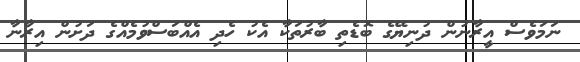
ނަމަވެސް އީރާނުން ދުނިޔޭގެ ބޮޑެތި ބާރުތަކާ އެކު ހެދި އެއްބަސްވުމެއްގެ ދަށުން އިރާނާ